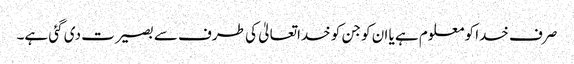
صرف خدا کو معلوم ہے یا ان کو جن کو خداتعالیٰ کی طرف سے بصیرت دی گئی ہے۔